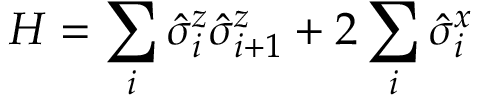
H = \sum _ { i } \hat { \sigma } _ { i } ^ { z } \hat { \sigma } _ { i + 1 } ^ { z } + 2 \sum _ { i } \hat { \sigma } _ { i } ^ { x }